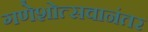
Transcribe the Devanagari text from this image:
गणेशोत्सवानंतर